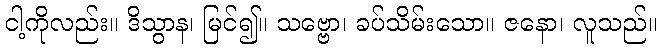
ငါ့ကိုလည်း။ ဒိသွာန၊ မြင်၍။ သဗ္ဗော၊ ခပ်သိမ်းသော။ ဇနော၊ လူသည်။